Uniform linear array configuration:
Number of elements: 48
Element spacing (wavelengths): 0.5
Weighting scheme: blackman
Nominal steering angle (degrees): -30
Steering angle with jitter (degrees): -29.445
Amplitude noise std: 0.05
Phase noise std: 0.05

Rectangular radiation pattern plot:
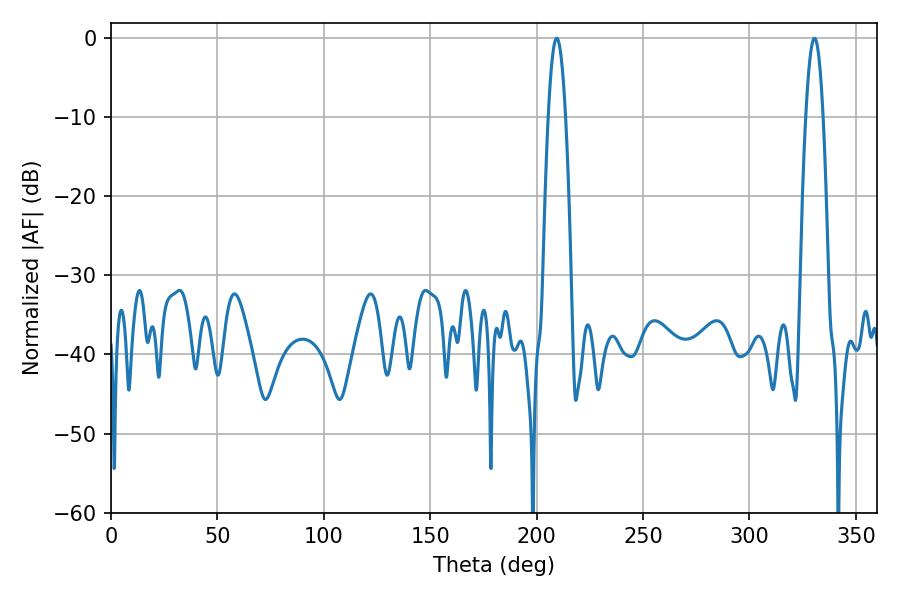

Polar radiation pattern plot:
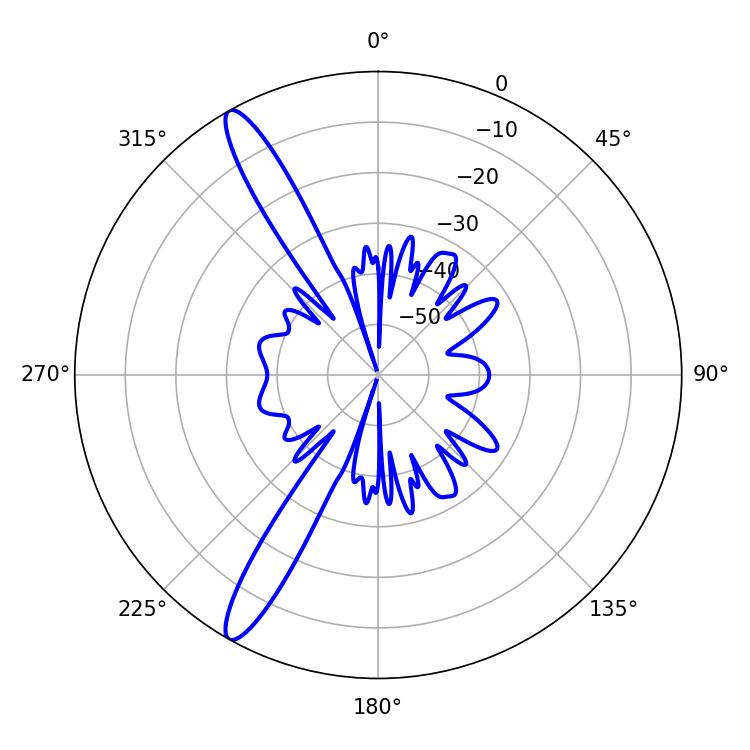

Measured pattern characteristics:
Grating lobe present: FALSE
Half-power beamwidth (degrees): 4.5
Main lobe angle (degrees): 330.48